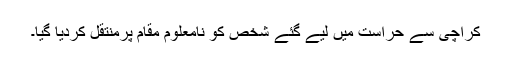
کراچی سے حراست میں لیے گئے شخص کو نامعلوم مقام پرمنتقل کردیا گیا۔